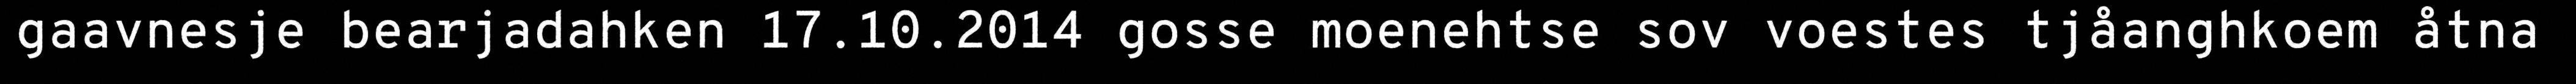
gaavnesje bearjadahken 17.10.2014 gosse moenehtse sov voestes tjåanghkoem åtna